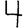
Digit: 4